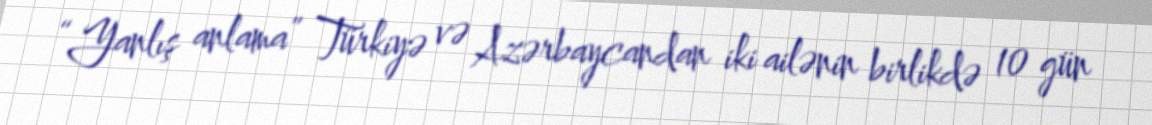
“Yanlış anlama” Türkiyə və Azərbaycandan iki ailənin birlikdə 10 gün